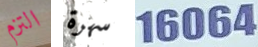
التزم سهرة 16064